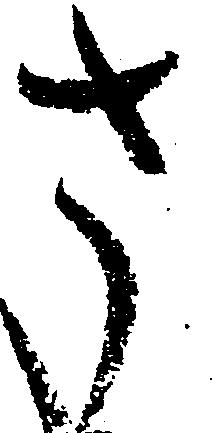
さ